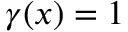
\gamma ( \boldsymbol { x } ) = 1